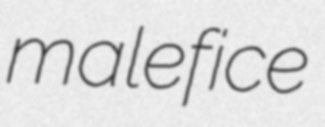
malefice